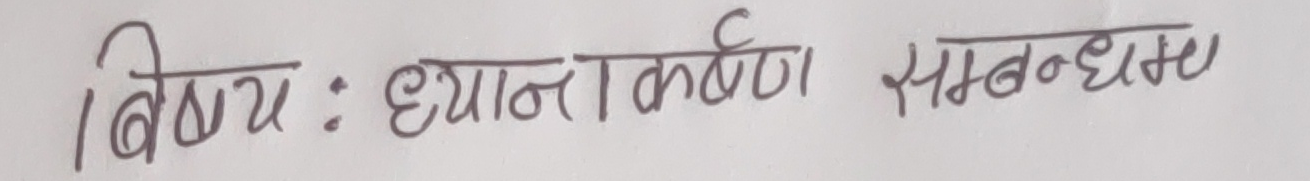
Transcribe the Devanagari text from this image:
विषय : ध्यानाकर्षण सम्बन्धमा